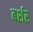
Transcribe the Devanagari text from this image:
बर्शर